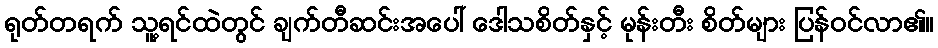
ရုတ်တရက် သူ့ရင်ထဲတွင် ချက်တီဆင်းအပေါ် ဒေါသစိတ်နှင့် မုန်းတီး စိတ်များ ပြန်ဝင်လာ၏။